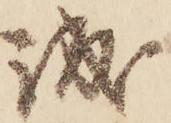
誠